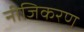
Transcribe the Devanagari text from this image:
नीजिकरण